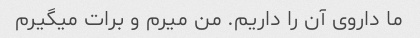
ما داروی آن را داریم. من میرم و برات میگیرم